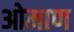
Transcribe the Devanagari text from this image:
ओमाण